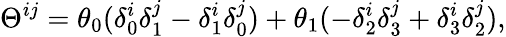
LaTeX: \Theta^{ij}=\theta_{0}(\delta_{0}^{i}\delta_{1}^{j}-\delta_{1}^{i}\delta_{0}^{j})+\theta_{1}(-\delta_{2}^{i}\delta_{3}^{j}+\delta_{3}^{i}\delta_{2}^{j}),